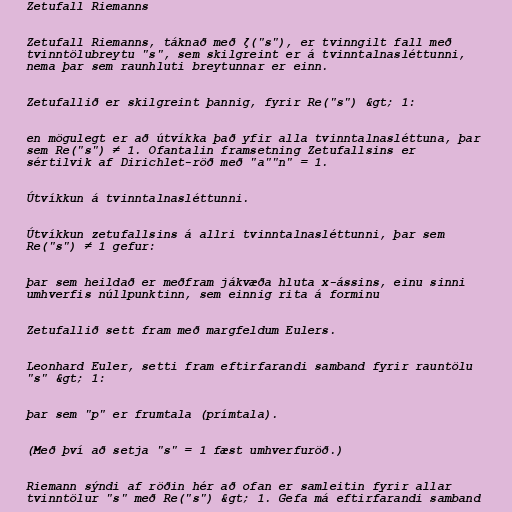
Zetufall Riemanns

Zetufall Riemanns, táknað með ζ("s"), er tvinngilt fall með
tvinntölubreytu "s", sem skilgreint er á tvinntalnasléttunni,
nema þar sem raunhluti breytunnar er einn.

Zetufallið er skilgreint þannig, fyrir Re("s") &gt; 1:

en mögulegt er að útvíkka það yfir alla tvinntalnasléttuna, þar
sem Re("s") ≠ 1. Ofantalin framsetning Zetufallsins er
sértilvik af Dirichlet-röð með "a""n" = 1.

Útvíkkun á tvinntalnasléttunni.

Útvíkkun zetufallsins á allri tvinntalnasléttunni, þar sem
Re("s") ≠ 1 gefur:

þar sem heildað er meðfram jákvæða hluta x-ássins, einu sinni
umhverfis núllpunktinn, sem einnig rita á forminu

Zetufallið sett fram með margfeldum Eulers.

Leonhard Euler, setti fram eftirfarandi samband fyrir rauntölu
"s" &gt; 1:

þar sem "p" er frumtala (prímtala).

(Með því að setja "s" = 1 fæst umhverfuröð.)

Riemann sýndi af röðin hér að ofan er samleitin fyrir allar
tvinntölur "s" með Re("s") &gt; 1. Gefa má eftirfarandi samband